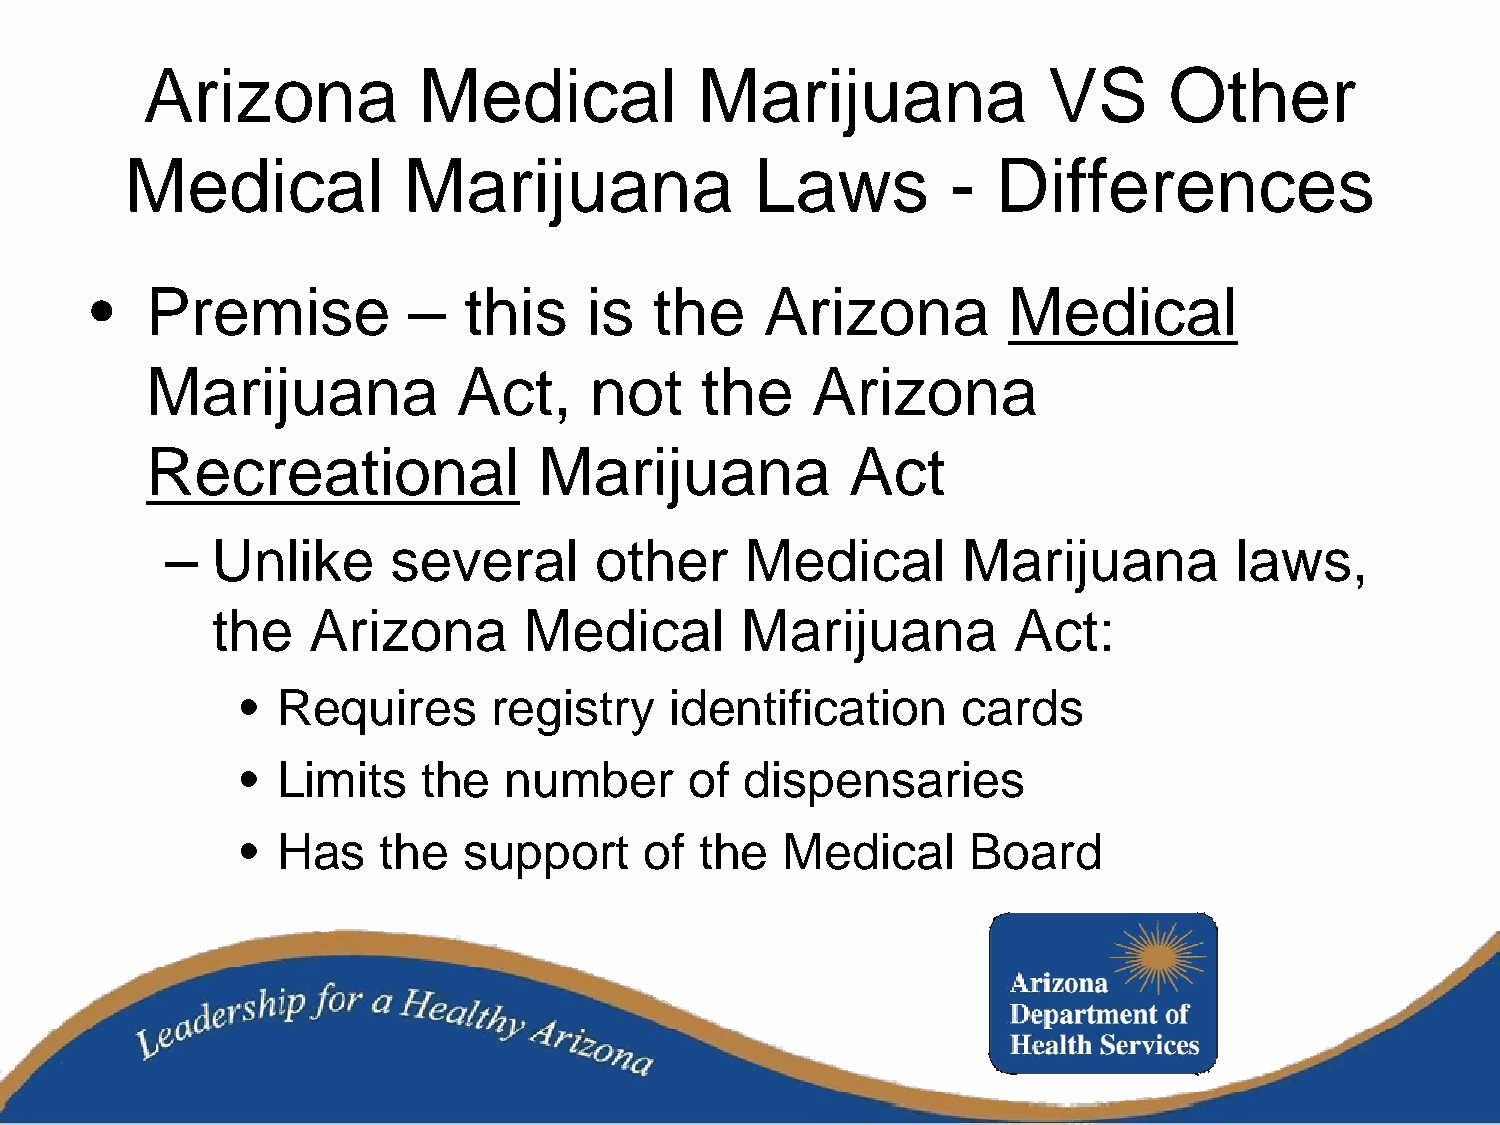
Arizona            Medical           Marijuana              VS      Other
 Medical            Marijuana              Laws         -  Differences
 •   Premise          –   this    is  the     Arizona         Medical
 Marijuana           Act,     not    the     Arizona
 Recreational              Marijuana           Act
 –  Unlike      several      other     Medical        Marijuana         laws,
 the   Arizona        Medical       Marijuana         Act:
 • Requires       registry   identification      cards
 • Limits    the  number       of dispensaries
 • Has    the   support     of the   Medical     Board